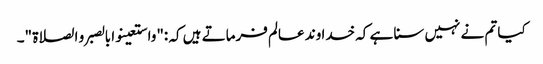
کیا تم نے نہیں سنا ہے کہ خدا وند عالم فرماتے ہیں کہ :"واستعینوا بالصبر و الصلاۃ "۔